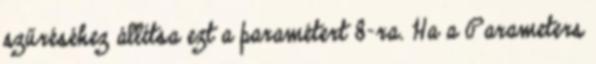
szűréséhez állítsa ezt a paramétert 8-ra. Ha a Parameters